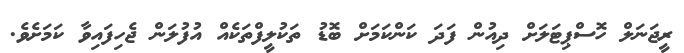
ރީޖަނަލް ހޮސްޕިޓަލަށް ދިއުން ފަދަ ކަންކަމަށް ބޮޑު ތަކުލީފްތަކެއް އުފުލަން ޖެހިފައިވާ ކަމަށެވެ.